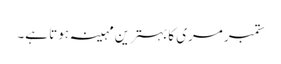
ستمبر مری کا بہترین مہینہ ہوتا ہے۔